65_HS1-834228961_62-HQ-83894_Section_2
Agency: FBI
Page 14
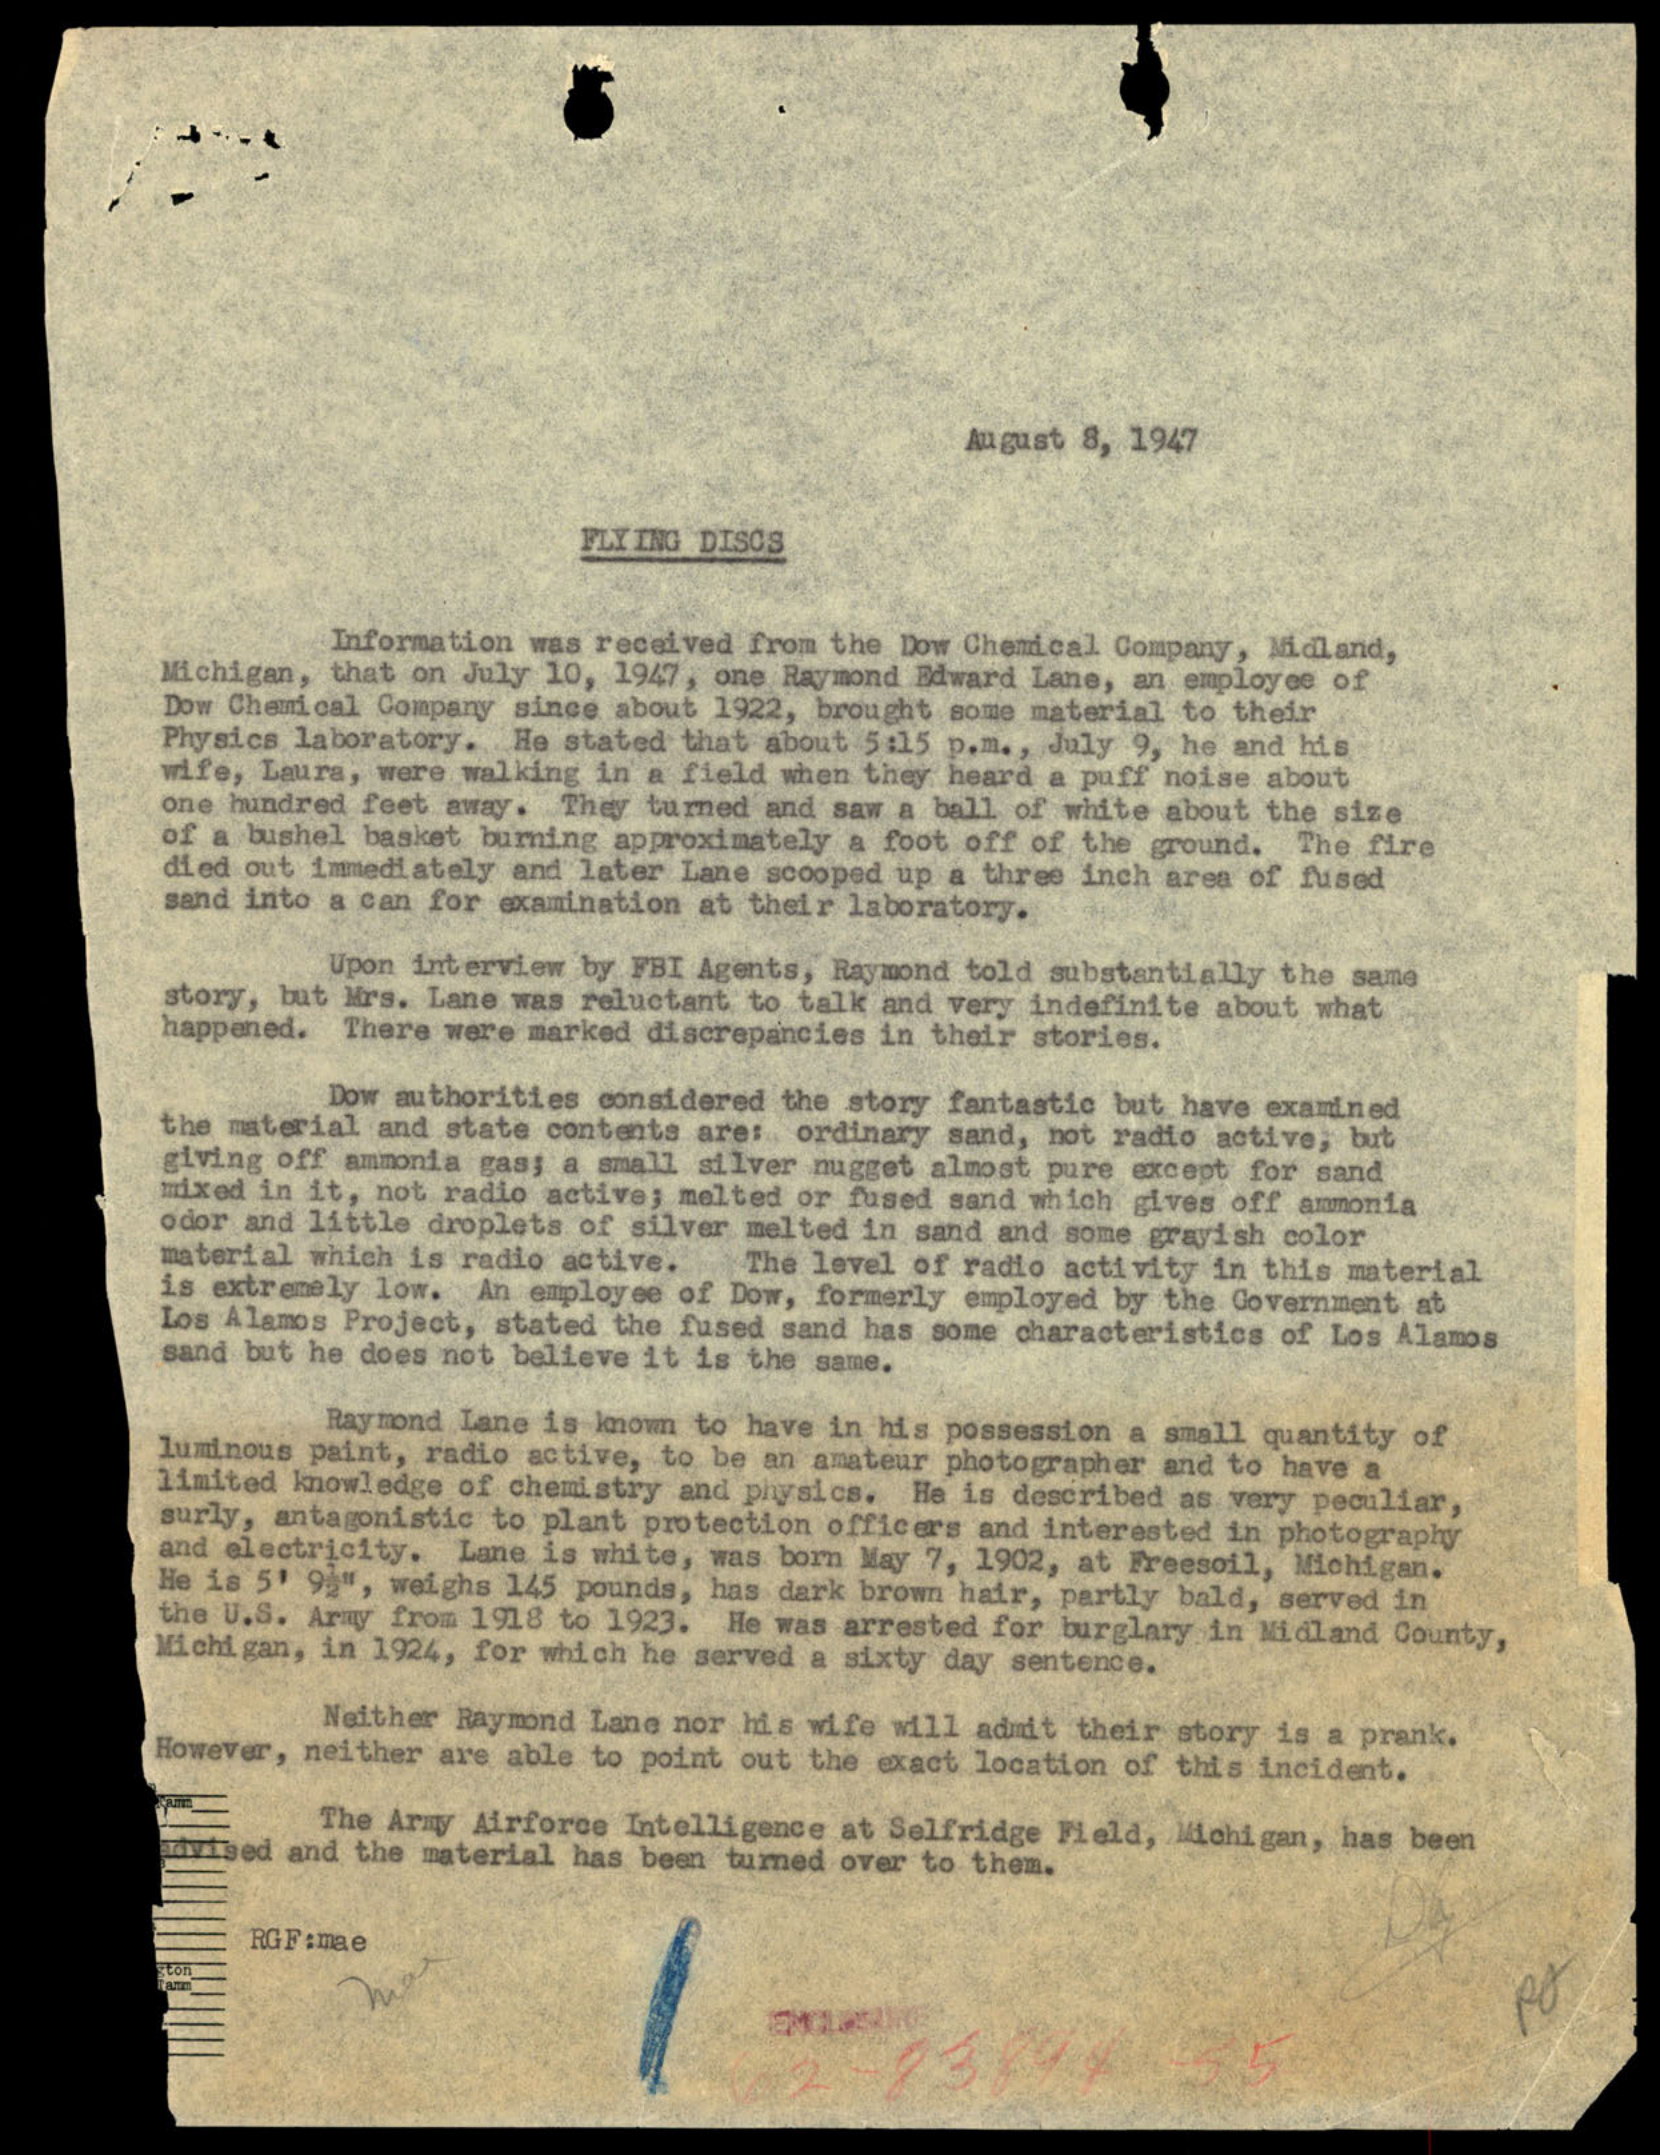